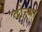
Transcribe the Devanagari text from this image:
दोन्या